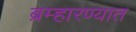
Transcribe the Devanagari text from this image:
ब्रम्हारण्यात